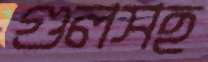
গুলসহ